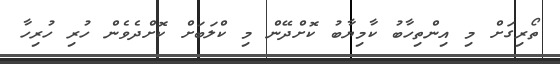
ތޯރިގަށް މި އިންތިހާބު ކާމިޔާބު ކޮށްދޭން މި ކްލަބަށް ކޮށްދެވެން ހުރި ހުރިހާ